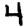
Digit: 4